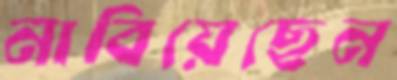
নাবিয়েছেন